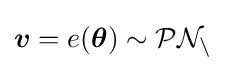
{\boldsymbol {v}}=e({\boldsymbol {\theta }})\sim {\mathcal {PN_{n}}}